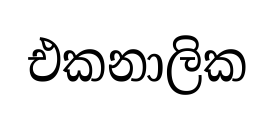
එකනාලික